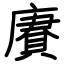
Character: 賡